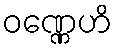
ဝဏ္ဏေဟိ